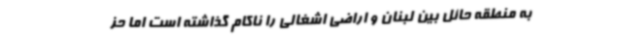
به منطقه حائل بین لبنان و اراضی اشغالی را ناکام گذاشته است اما حز